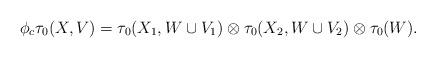
LaTeX: \begin{align*}\phi_c\tau_0(X,V)=\tau_0(X_1,W\cup V_1)\otimes\tau_0(X_2,W\cup V_2)\otimes\tau_0(W).\end{align*}